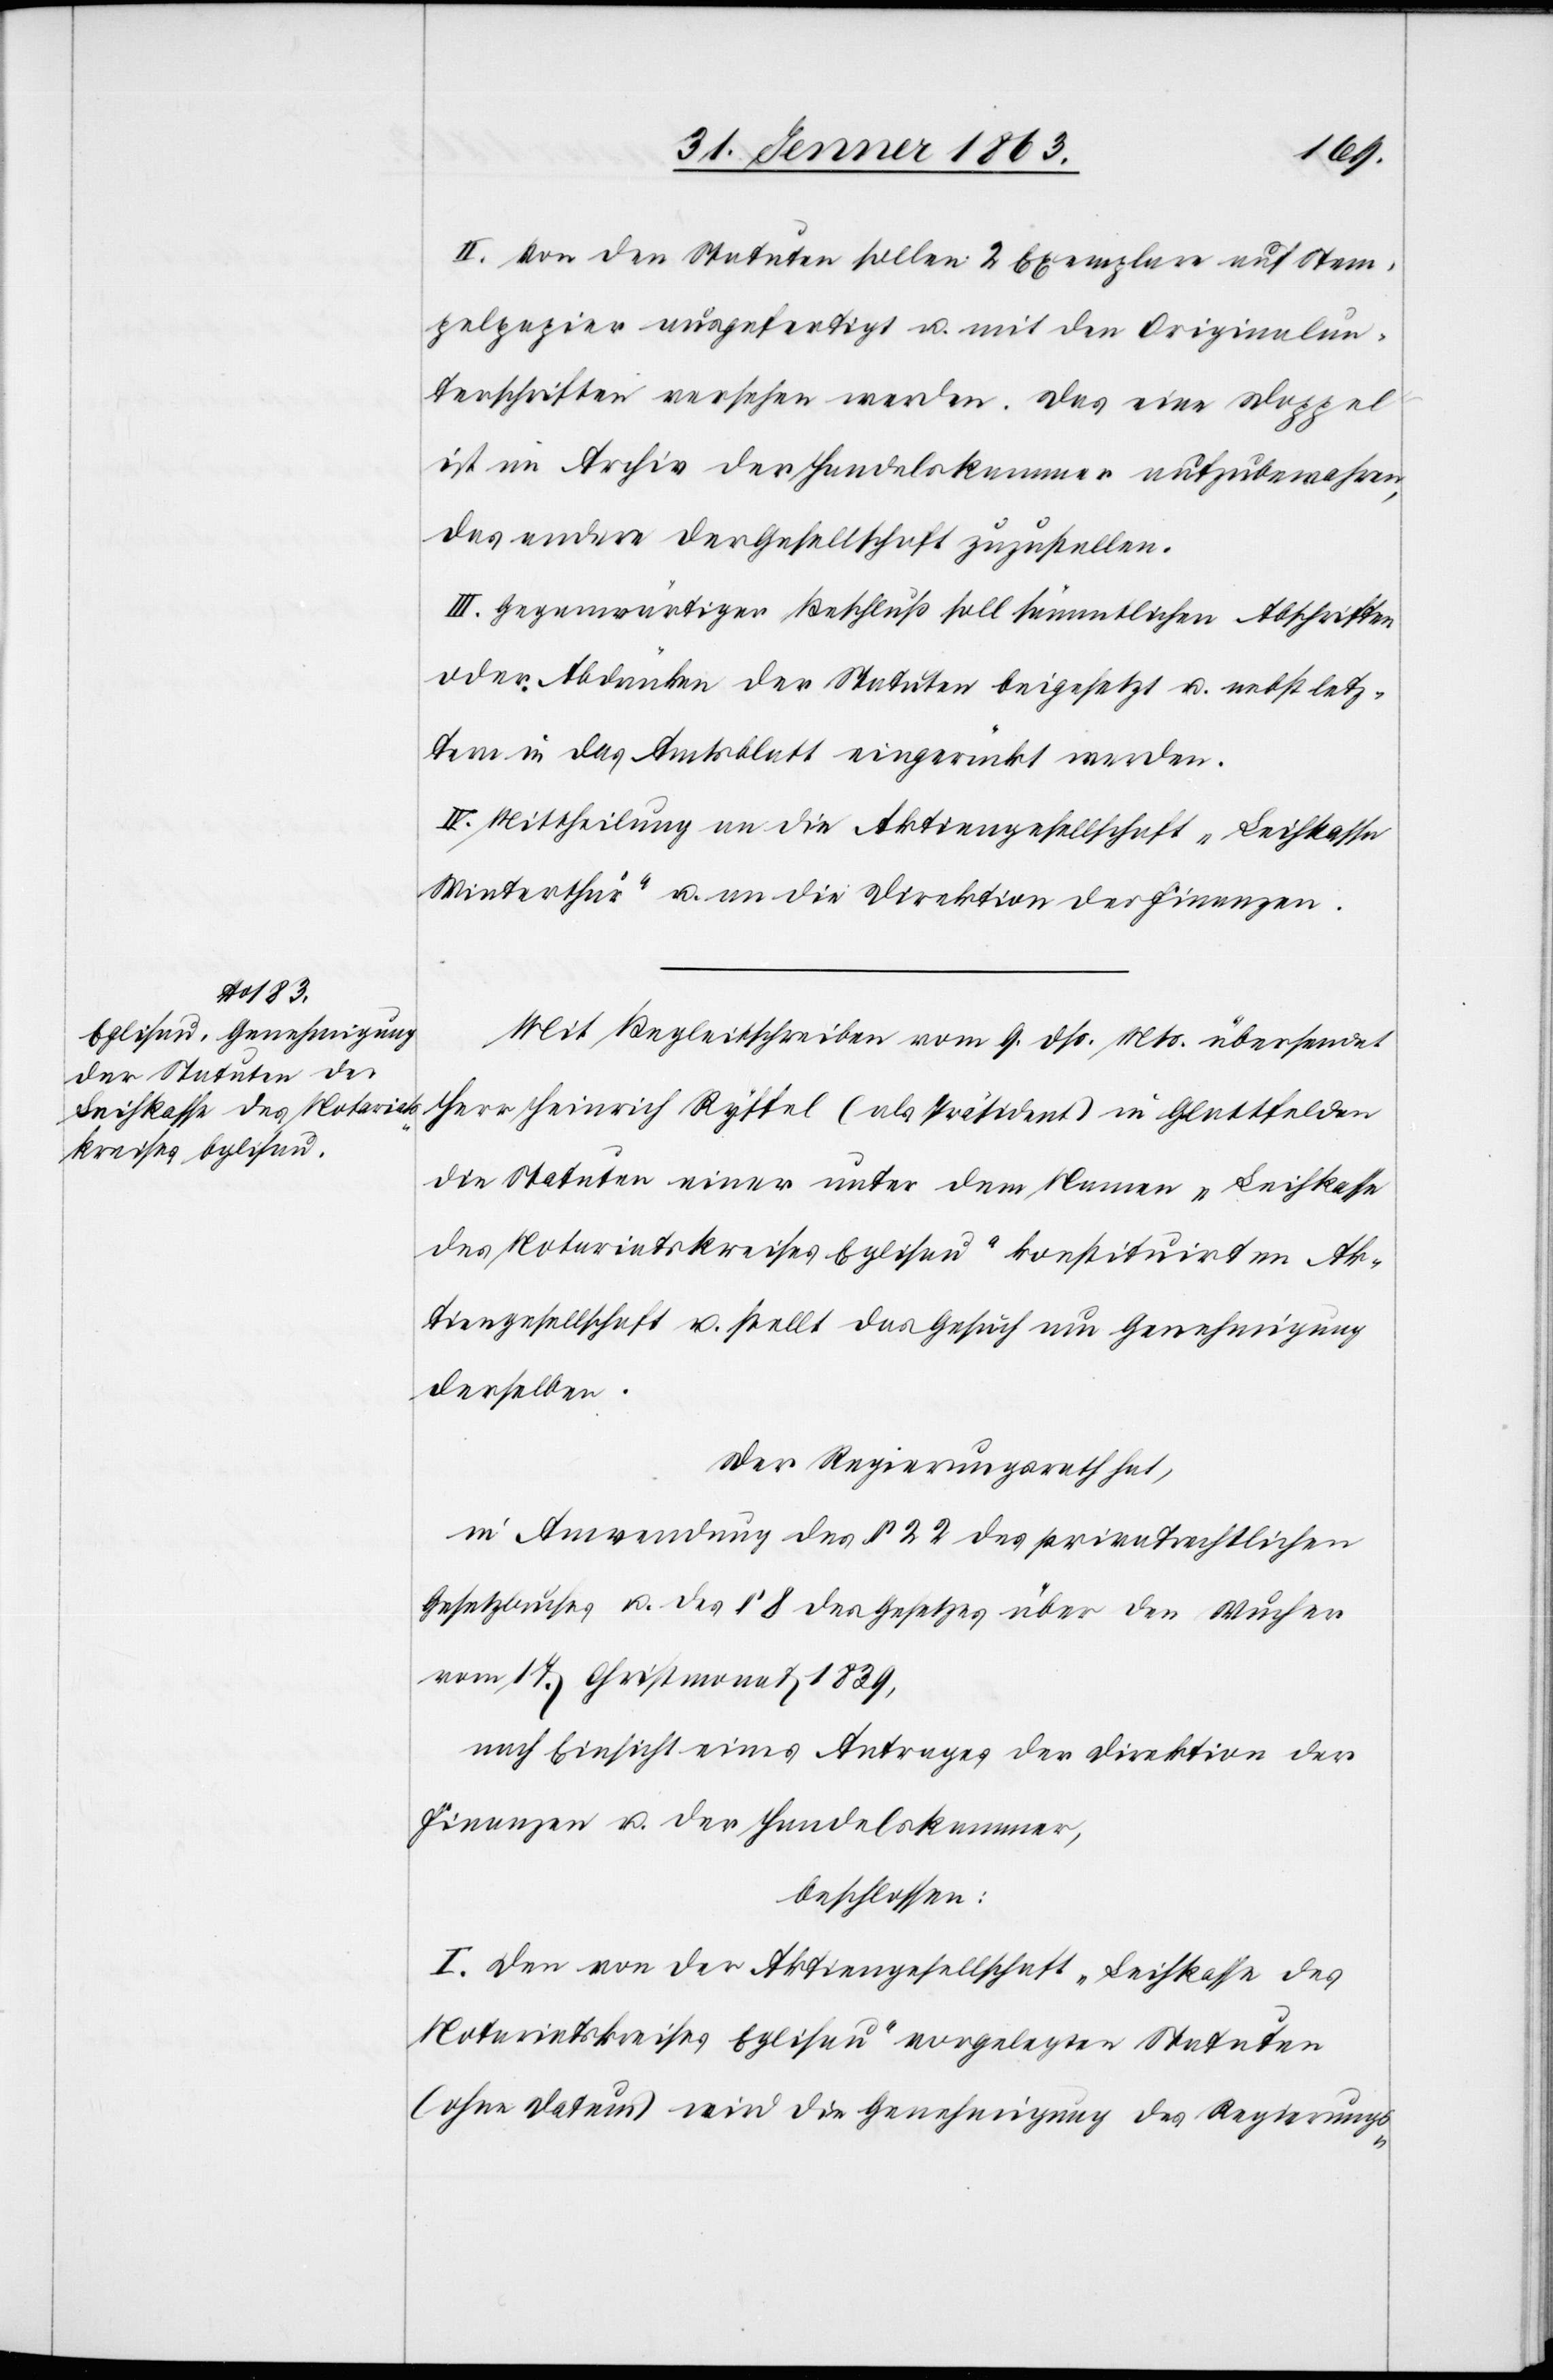
II. Von den Statuten sollen 2 Exemplare auf Stem¬
pelpapier ausgefertigt u. mit den Originalun¬
terschriften versehen werden. Das eine Doppel
ist im Archiv der Handelskammer aufzubewahren,
das andere der Gesellschaft zuzustellen.
III. Gegenwärtiger Beschluß soll sämmtlichen Abschriften
oder Abdrücken der Statuten beigesetzt u. nebst letz¬
tern in das Amtsblatt eingerückt werden.
IV. Mittheilung an die Aktiengesellschaft „Leihkasse
Winterthur“ u. an die Direktion der Finanzen.
Mit Begleitschreiben vom 9. dß. Mts. übersendet
Herr Heinrich Ryffel (als Präsident) in Glattfelden
die Statuten einer unter dem Namen „Leihkasse
des Notariatskreises Eglisau“ konstituirten Ak¬
tiengesellschaft u. stellt das Gesuch um Genehmigung
derselben.
Der Regierungsrath hat,
in Anwendung des § 22 des privatrechtlichen
Gesetzbuches u. des § 8 des Gesetzes über den Wucher
vom 17. Christmonat 1839,
nach Einsicht eines Antrages der Direktion der
Finanzen u. der Handelskammer,
beschlossen:
I. Den von der Aktiengesellschaft „Leihkasse des
Notariatskreises Eglisau“ vorgelegten Statuten
(ohne Datum) wird die Genehmigung des Regierungs-